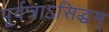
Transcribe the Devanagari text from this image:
पूर्वत्राऽसिद्धम्